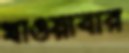
খাওয়াবার